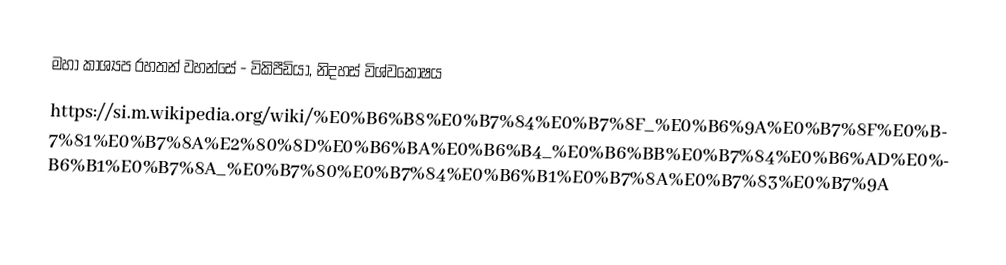
මහා කාශ්‍යප රහතන් වහන්සේ - විකිපීඩියා, නිදහස් විශ්වකෝෂය
https://si.m.wikipedia.org/wiki/%E0%B6%B8%E0%B7%84%E0%B7%8F_%E0%B6%9A%E0%B7%8F%E0%B7%81%E0%B7%8A%E2%80%8D%E0%B6%BA%E0%B6%B4_%E0%B6%BB%E0%B7%84%E0%B6%AD%E0%B6%B1%E0%B7%8A_%E0%B7%80%E0%B7%84%E0%B6%B1%E0%B7%8A%E0%B7%83%E0%B7%9A